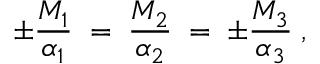
\pm \frac { M _ { 1 } } { \alpha _ { 1 } } \; = \; \frac { M _ { 2 } } { \alpha _ { 2 } } \; = \; \pm \frac { M _ { 3 } } { \alpha _ { 3 } } \; ,